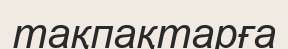
тақпақтарға